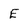
Character: E